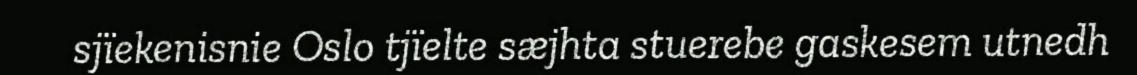
sjïekenisnie Oslo tjïelte sæjhta stuerebe gaskesem utnedh